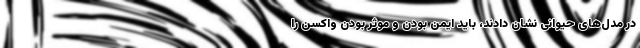
در مدل‌های حیوانی نشان دادند، باید ایمن بودن و موثر بودن واکسن را